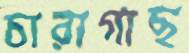
চারাগাছ